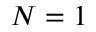
N = 1